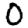
Digit: 0